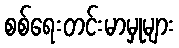
စစ်ရေးတင်းမာမှုများ